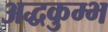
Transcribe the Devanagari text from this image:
अद्धकुम्भ